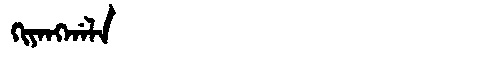
Manchu: ᡴᡳᠶᠠᠩᡤᠠᠯᠠ
Romanization: KIYANGGALA